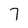
Character: 7